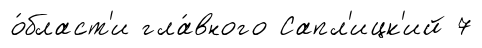
о́бласт'и гла́вного Сапл'ицк'ий 7